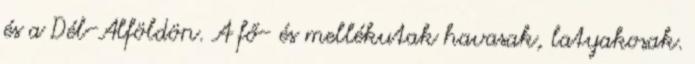
és a Dél-Alföldön. A fő- és mellékutak havasak, latyakosak.